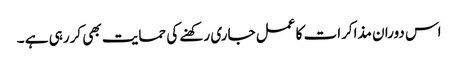
اس دوران مذاکرات کا عمل جاری رکھنے کی حمایت بھی کررہی ہے ۔